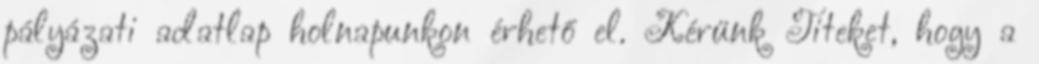
pályázati adatlap holnapunkon érhető el. Kérünk Titeket, hogy a